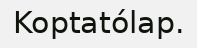
Koptatólap.